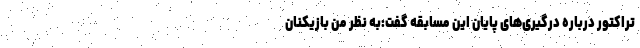
تراکتور درباره درگیر‌ی‌های پایان این مسابقه گفت:‌به نظر من بازیکنان